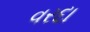
વરદા